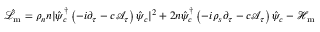
\hat { \mathcal { L } } _ { \mathrm { m } } = \rho _ { n } n | \hat { \psi } _ { c } ^ { \dagger } \left( - i \partial _ { \tau } - c \mathcal { A } _ { \tau } \right) \hat { \psi } _ { c } | ^ { 2 } + 2 n \hat { \psi } _ { c } ^ { \dagger } \left( - i \rho _ { s } \partial _ { \tau } - c \mathcal { A } _ { \tau } \right) \hat { \psi } _ { c } - \mathcal { H } _ { \mathrm { m } }